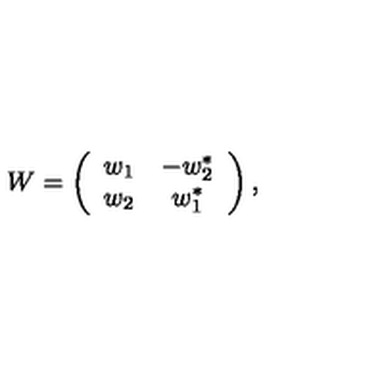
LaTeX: W = \left( \begin{array} { c c } { w _ { 1 } } & { - w _ { 2 } ^ { \ast } } \\ { w _ { 2 } } & { w _ { 1 } ^ { \ast } } \\ \end{array} \right) ,